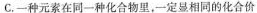
C.一种元素在同一种化合物里，一定显相同的化合价